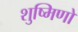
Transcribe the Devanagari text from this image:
शुष्मिणो